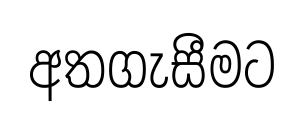
අතගැසීමට